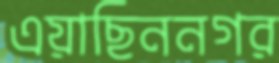
এয়াছিননগর